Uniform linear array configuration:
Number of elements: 4
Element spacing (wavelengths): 0.5
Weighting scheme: hann
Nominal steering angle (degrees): -45
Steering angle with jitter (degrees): -43.493
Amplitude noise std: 0.05
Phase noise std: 0.05

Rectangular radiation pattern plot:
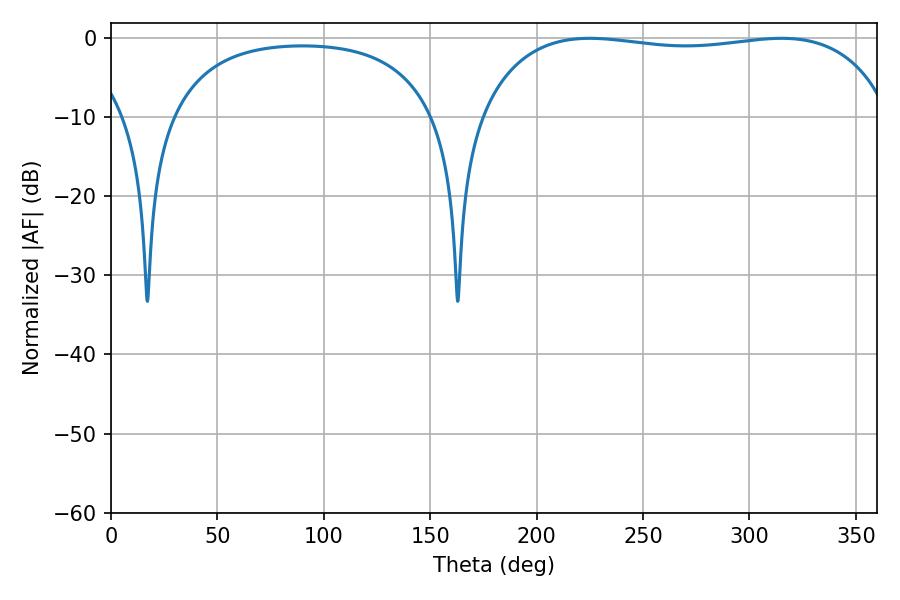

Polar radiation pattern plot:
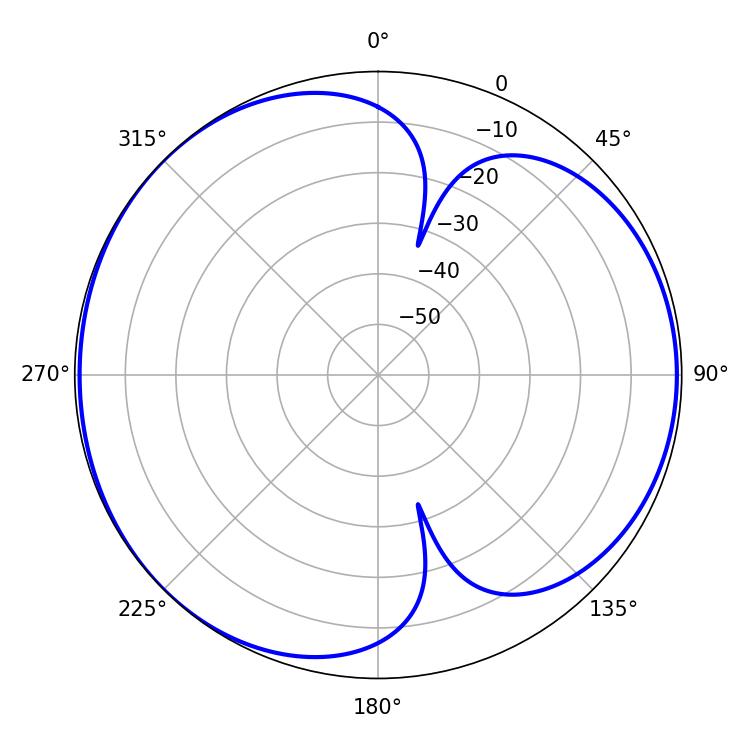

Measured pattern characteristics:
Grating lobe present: FALSE
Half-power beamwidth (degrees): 155.88
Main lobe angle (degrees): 225